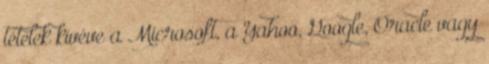
tételek kivéve a Microsoft, a Yahoo, Google, Oracle vagy